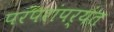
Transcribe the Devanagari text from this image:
परंपरांपर्यंत